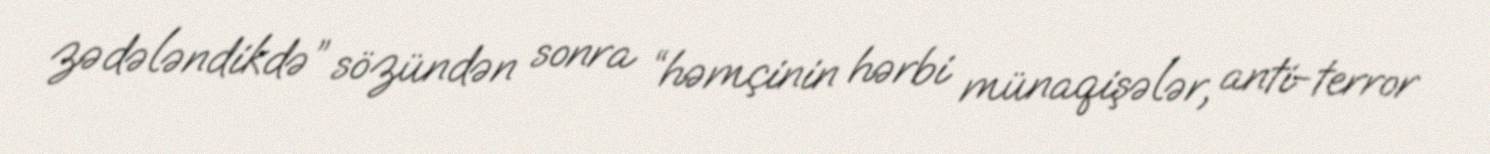
zədələndikdə” sözündən sonra “həmçinin hərbi münaqişələr, anti-terror